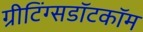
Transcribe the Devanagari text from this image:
ग्रीटिंग्सडॉटकॉम